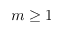
m \geq 1